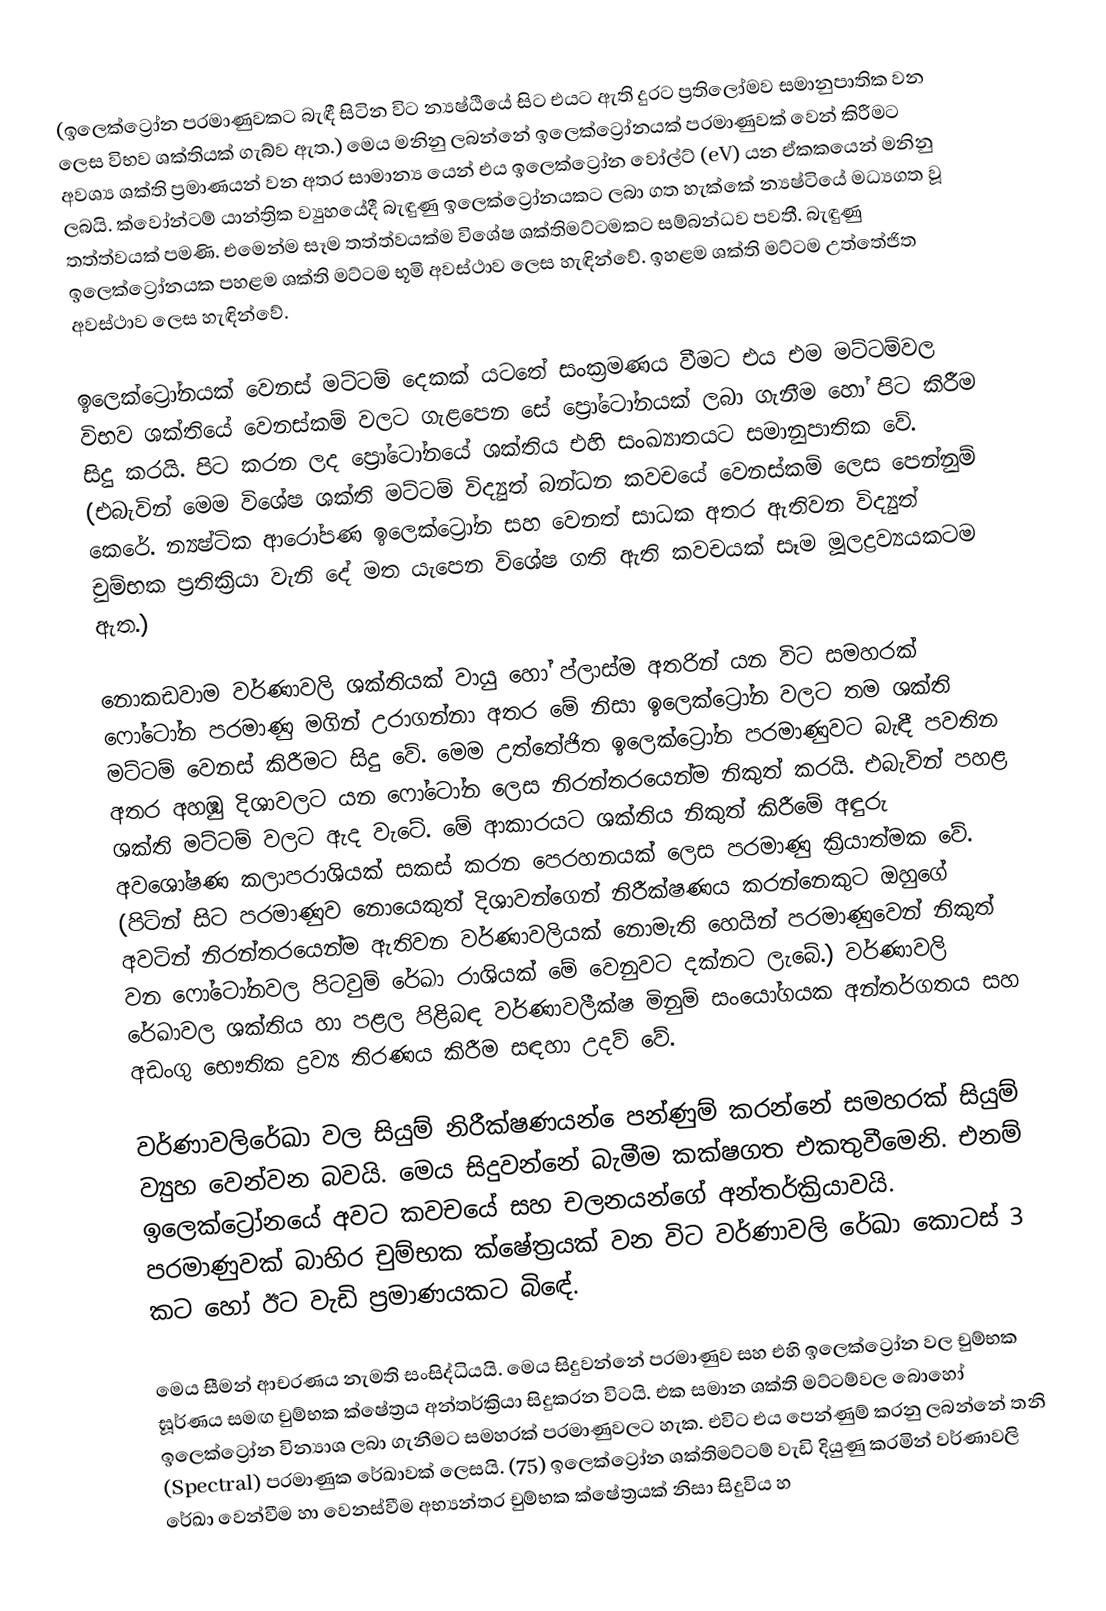
(ඉලෙක්ට්‍රෝන පරමාණුවකට බැඳී සිටින විට න්‍යෂ්ඨියේ සිට එයට ඇති දුරට ප්‍රතිලෝමව සමානුපාතික වන ලෙස විභව ශක්තියක් ගැබ්ව ඇත.) මෙය මනිනු ලබන්නේ ඉලෙක්ට්‍රෝනයක් පරමාණුවක් වෙන් කිරීමට අවශ්‍ය ශක්ති ප්‍රමාණයන් වන අතර සාමාන්‍ය යෙන් ‍එය ඉලෙක්ට්‍රෝන වෝල්ට් (eV) යන ඒකකයෙන් මනිනු ලබයි. ක්වෝන්ටම් යාන්ත්‍රික ව්‍යුහයේදී බැඳුණු ඉලෙක්ට්‍රෝනයකට ලබා ගත හැක්කේ න්‍යෂ්ටියේ මධ්‍යගත වූ තත්ත්වයක් පමණි. එමෙන්ම සෑම තත්ත්වයක්ම විශේෂ ශක්තිමට්ටමකට සම්බන්ධව පවතී. බැඳුණු ඉලෙක්ට්‍රෝනයක පහළම ශක්ති මට්ටම භූමි අවස්ථාව ලෙස හැඳින්වේ. ඉහළම ශක්ති මට්ටම උත්තේජිත අවස්ථාව ලෙස හැඳින්වේ.

ඉලෙක්ට්‍රෝනයක් වෙනස් මට්ටම් දෙකක් යටතේ සංක්‍රමණය වීමට එය එම මට්ටම්වල විභව ශක්තියේ වෙනස්කම් වලට ගැළපෙන සේ ප්‍රෝටෝනයක් ලබා ගැනීම හෝ පිට කිරීම සිදු කරයි. පිට කරන ලද ප්‍රෝටෝනයේ ශක්තිය එහි සංඛ්‍යාතයට සමානුපාතික වේ. (එබැවින් මෙම විශේෂ ශක්ති මට්ටම් විද්‍යුත් බන්ධන කවචයේ වෙනස්කම් ලෙස පෙන්නුම් කෙරේ. න්‍යෂ්ටික ආරෝපණ ඉලෙක්ට්‍රෝන සහ වෙනත් සාධක අතර ඇතිවන විද්‍යුත් චුම්භක ප්‍රතික්‍රියා වැනි දේ මත යැපෙන විශේෂ ගති ඇති කවචයක් සෑම මූලද්‍රව්‍යයකටම ඇත.)

නොකඩවාම වර්ණාවලි ශක්තියක් වායු හෝ ප්ලාස්ම අතරින් යන විට සමහරක් ෆෝටෝන පරමාණු මගින්  උරාගන්නා අතර මේ නිසා ඉලෙක්ට්‍රෝන වලට තම ශක්ති මට්ටම් වෙනස් කිරීමට සිදු වේ. මෙම උත්තේජිත ඉලෙක්ට්‍රෝන පරමාණුවට බැඳී පවතින අතර අහඹු දිශාවලට යන ෆෝටෝන ලෙස නිරන්තරයෙන්ම නිකුත් කරයි. එබැවින් පහළ ශක්ති මට්ටම් වලට ඇද වැටේ. මේ ආකාරයට ශක්තිය නිකුත් කිරීමේ අඳුරු අවශෝෂණ කලාපරාශියක් සකස් කරන පෙරහනයක් ලෙස පරමාණු ක්‍රියාත්මක වේ. (පිටින් සිට පරමාණුව නොයෙකුත් දිශාවන්ගෙන් නිරීක්ෂණය කරන්නෙකුට ඔහුගේ අවටින් නිරන්තරයෙන්ම ඇතිවන වර්ණාවලියක් නොමැති හෙයින් පරමාණුවෙන් නිකුත් වන ෆෝටෝනවල පිටවුම් රේඛා ‍රාශියක් මේ වෙනුවට දක්නට ලැබේ.)  වර්ණාවලි රේඛාවල ශක්තිය හා පළල පිළිබඳ වර්ණාවලීක්ෂ මිනුම් සංයෝගයක අන්තර්ගතය සහ අඩංගු භෞතික ද්‍රව්‍ය තිරණය කිරීම සඳහා උදව් වේ.

වර්ණාවලිරේඛා වල සියුම් නිරීක්ෂණයන් ‍ෙපන්ණුම් කරන්නේ සමහරක් සියුම් ව්‍යුහ වෙන්වන බවයි. මෙය සිදුවන්නේ බැමීම කක්ෂගත එකතුවීමෙනි. එනම් ඉලෙක්ට්‍රෝනයේ අවට කවචයේ සහ චලනයන්ගේ අන්තර්ක්‍රියාවයි. පරමාණුවක් බාහිර චුම්භක ක්ෂේත්‍රයක් වන විට වර්ණාවලි රේඛා කොටස් 3 කට හෝ ඊට වැඩි ප්‍රමාණයකට බිඳේ.

මෙය සීමන් ආචරණය නැමති සංසිද්ධියයි. මෙය සිදුවන්නේ පරමාණුව සහ එහි ඉලෙක්ට්‍රෝන වල චුම්භක ඝූර්ණය සමඟ චුම්භක ක්ෂේත්‍රය අන්තර්ක්‍රියා සිදුකරන විටයි. එක සමාන ශක්ති මට්ටම්වල බොහෝ ඉලෙක්ට්‍රෝන වින්‍යාශ ලබා ගැනීමට සමහරක් පරමාණුවලට හැක. එවිට එය පෙන්ණුම් කරනු ලබන්නේ තනි (Spectral) පරමාණුක රේඛාවක් ලෙසයි. (75) ඉලෙක්ට්‍රෝන ශක්තිමට්ටම් වැඩි දියුණු කරමින් වර්ණාවලි රේඛා වෙන්වීම හා වෙනස්වීම අභ්‍යන්තර චුම්භක ක්ෂේත්‍රයක් නිසා සිදුවිය හ